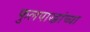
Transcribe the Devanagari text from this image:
फुलपाख्रांच्या